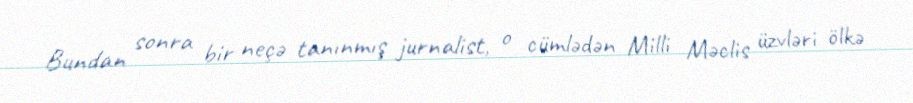
Bundan sonra bir neçə tanınmış jurnalist, o cümlədən Milli Məclis üzvləri ölkə